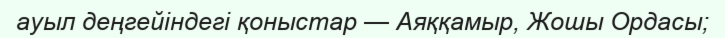
ауыл деңгейіндегі қоныстар — Аяққамыр, Жошы Ордасы;